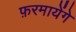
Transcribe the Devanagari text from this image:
फ़रमायेंगे